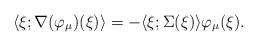
LaTeX: \begin{align*}\langle \xi ; \nabla(\varphi_\mu)(\xi) \rangle = - \langle \xi ; \Sigma(\xi) \rangle \varphi_\mu(\xi).\end{align*}